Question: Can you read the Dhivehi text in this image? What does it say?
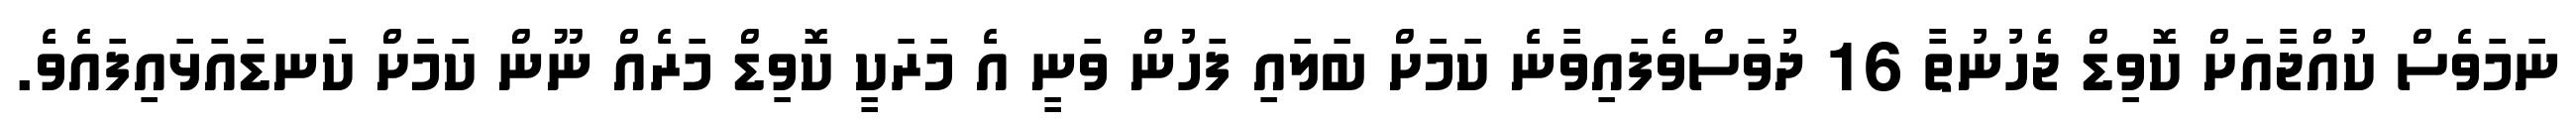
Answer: ނަމަވެސް ކުއްޖާއަށް ކޮވިޑް ޖެހުނުތާ 16 ދުވަސްވެފައިވާނެ ކަމަށް ބަލައި ފަހުން ވަނީ އެ މަރަކީ ކޮވިޑް މަރެއް ނޫން ކަމަށް ކަނޑައަޅައިފައެވެ.